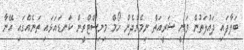
ބަލާފައި ދައުލަތުން ވަނީ ޝަރީއަތް ނިމެންދެން ހޯމް މިނިސްޓްރީން ކަނޑައަޅައި ތަނެއްގައި އޭނާ